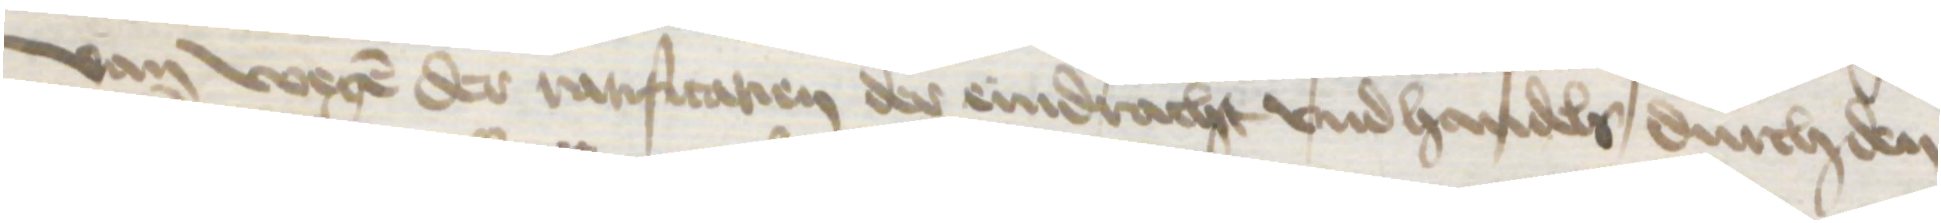
Van wegen der rarificatien der eindracht vnd handels durch den